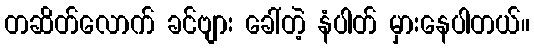
တဆိတ်လောက် ခင်ဗျား ခေါ်တဲ့ နံပါတ် မှားနေပါတယ်။